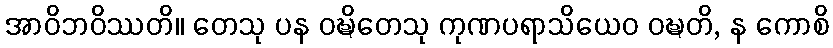
အာဝိဘဝိဿတိ။ တေသု ပန ဝဍ္ဎိတေသု ကုဏပရာသိယေဝ ဝဍ္ဎတိ, န ကောစိ